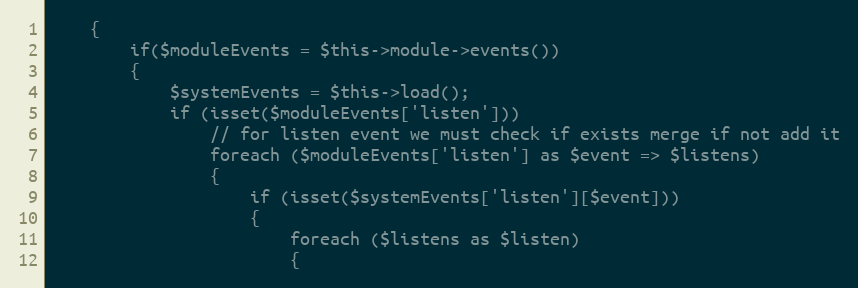
Language: PHP
    {
        if($moduleEvents = $this->module->events())
        {
            $systemEvents = $this->load();
            if (isset($moduleEvents['listen']))
                // for listen event we must check if exists merge if not add it
                foreach ($moduleEvents['listen'] as $event => $listens)
                {
                    if (isset($systemEvents['listen'][$event]))
                    {
                        foreach ($listens as $listen)
                        {